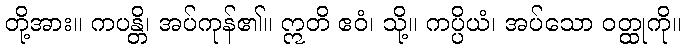
တို့အား။ ကပန္တိ၊ အပ်ကုန်၏။ ဣတိ ဧဝံ၊ သို့။ ကပ္ပိယံ၊ အပ်သော ဝတ္ထုကို။